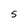
Character: S